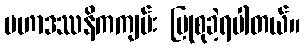
မဟာဒဿနိကကျမ်း ပြုစုခဲ့ရပါတယ်။